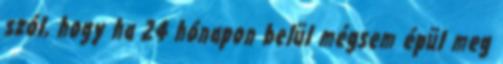
szól, hogy ha 24 hónapon belül mégsem épül meg